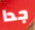
جدا